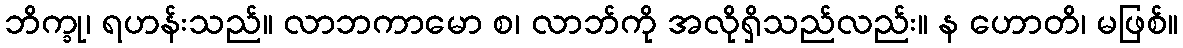
ဘိက္ခု၊ ရဟန်းသည်။ လာဘကာမော စ၊ လာဘ်ကို အလိုရှိသည်လည်း။ န ဟောတိ၊ မဖြစ်။